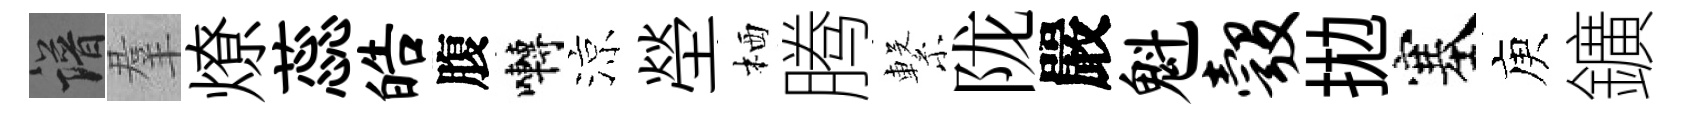
譜羣燎蕊皓腹囀涼塋栖腾繋陇嚴魁彀拋塞庾鑛